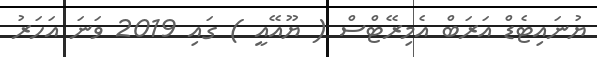
ޔުނައިޓެޑް އަރަބް އެމިރޭޓްސް ( ޔޫއޭއީ ) ގައި 2019 ވަނަ އަހަރު